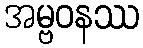
အမ္ဗဝနဿ